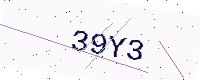
Text: 39Y3